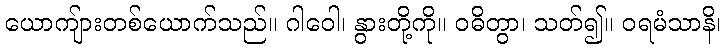
ယောကျ်ားတစ်ယောက်သည်။ ဂါဝေါ၊ နွားတို့ကို။ ဝဓိတွာ၊ သတ်၍။ ဝရမံသာနိ၊